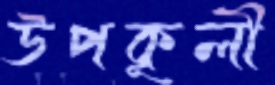
উপকূলী